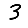
Digit: 3